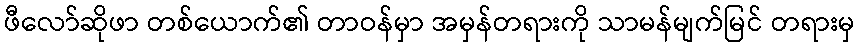
ဖီလော်ဆိုဖာ တစ်ယောက်၏ တာဝန်မှာ အမှန်တရားကို သာမန်မျက်မြင် တရားမှ